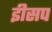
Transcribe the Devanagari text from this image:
इीसप